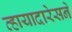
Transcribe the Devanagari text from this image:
व्हायादारेसने